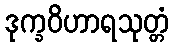
ဒုက္ခဝိဟာရသုတ္တံ